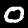
Digit: 0